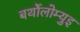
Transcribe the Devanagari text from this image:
बर्थोलोम्युइ